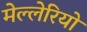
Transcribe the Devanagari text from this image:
मेल्लेरियो